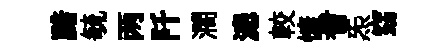
黯毓两阡濶漶較慷耆炁窈